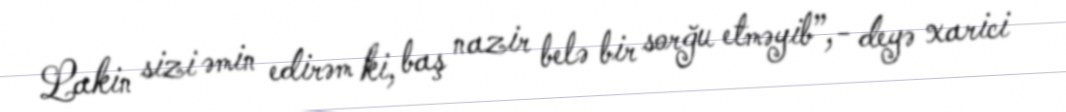
Lakin sizi əmin edirəm ki, baş nazir belə bir sorğu etməyib”,- deyə xarici